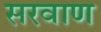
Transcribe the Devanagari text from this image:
सरवाण